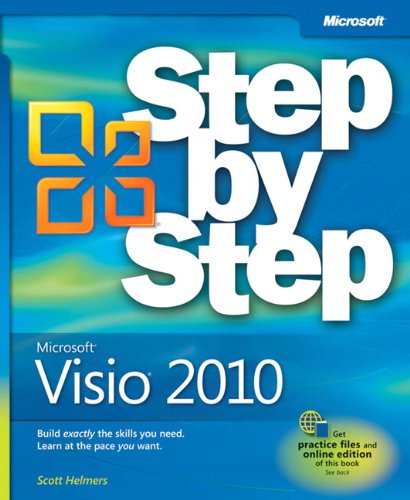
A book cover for Microsoft Visio 2010 Step by Step; Scott A. Helmers; Computers & Technology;